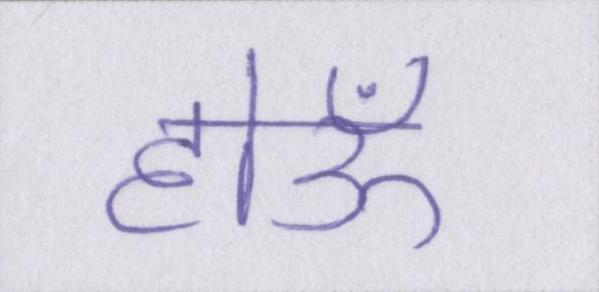
होऊँ